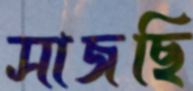
সাজছি